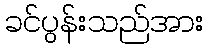
ခင်ပွန်းသည်အား